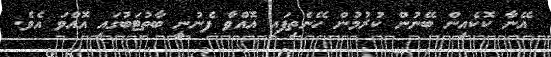
އޭނާ ކޮކެއިން ބޭނުން ކުރުމުން ހޭނެތިފައި އޮއްވާ ފެނުނީ ބާތުޓަބުގައި އޮއްވަ އެވެ.